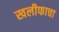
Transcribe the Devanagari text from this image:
खलीफाचा